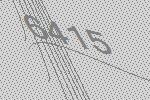
6415